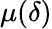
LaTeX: \mu(\delta)